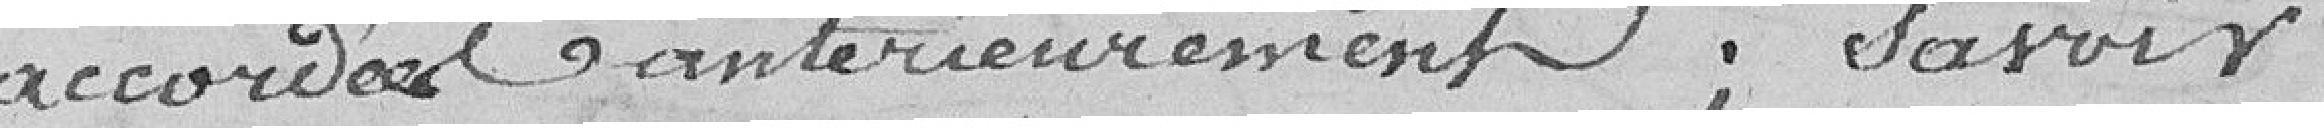
accordées antérieurement, savoir :